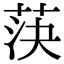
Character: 𦯊